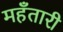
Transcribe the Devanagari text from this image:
महँतारी